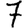
Digit: 7